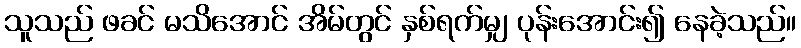
သူသည် ဖခင် မသိအောင် အိမ်တွင် နှစ်ရက်မျှ ပုန်းအောင်း၍ နေခဲ့သည်။